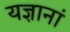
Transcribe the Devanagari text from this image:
यज्ञानां